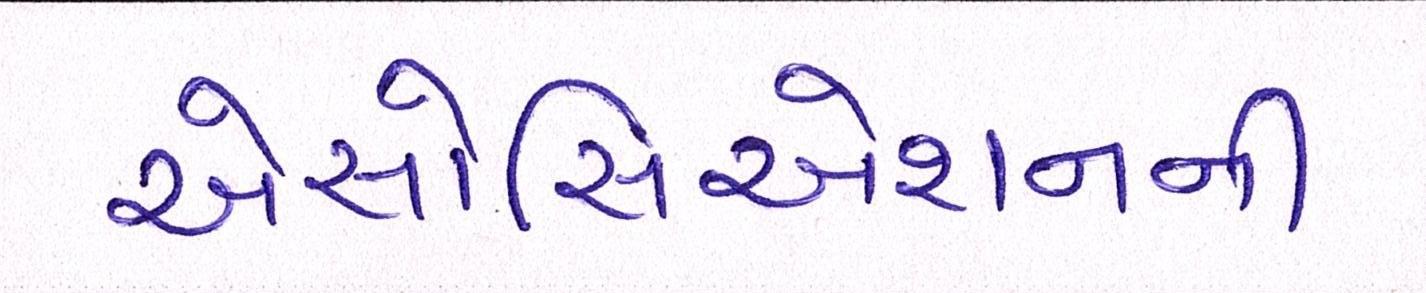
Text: એસોસિએશનની